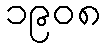
၁၉၀၈